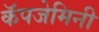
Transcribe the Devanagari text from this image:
कॅपजेमिनी